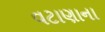
વટાણાના